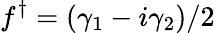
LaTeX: f^{\dagger}=(\gamma_{1}-i\gamma_{2})/2